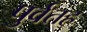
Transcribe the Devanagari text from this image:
पुर्वतह